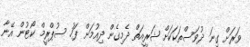
ވަރަށް ގިނަ ދުވަސްތަކަކަށް ޝަރީއަތް ދެމިގެން ދިއުމަށް ފަހު ސުޕްރީމް ކޯޓުން އޭނާ